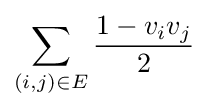
\sum _{(i,j)\in E}{\frac {1-v_{i}v_{j}}{2}}